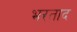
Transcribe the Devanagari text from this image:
भरताद